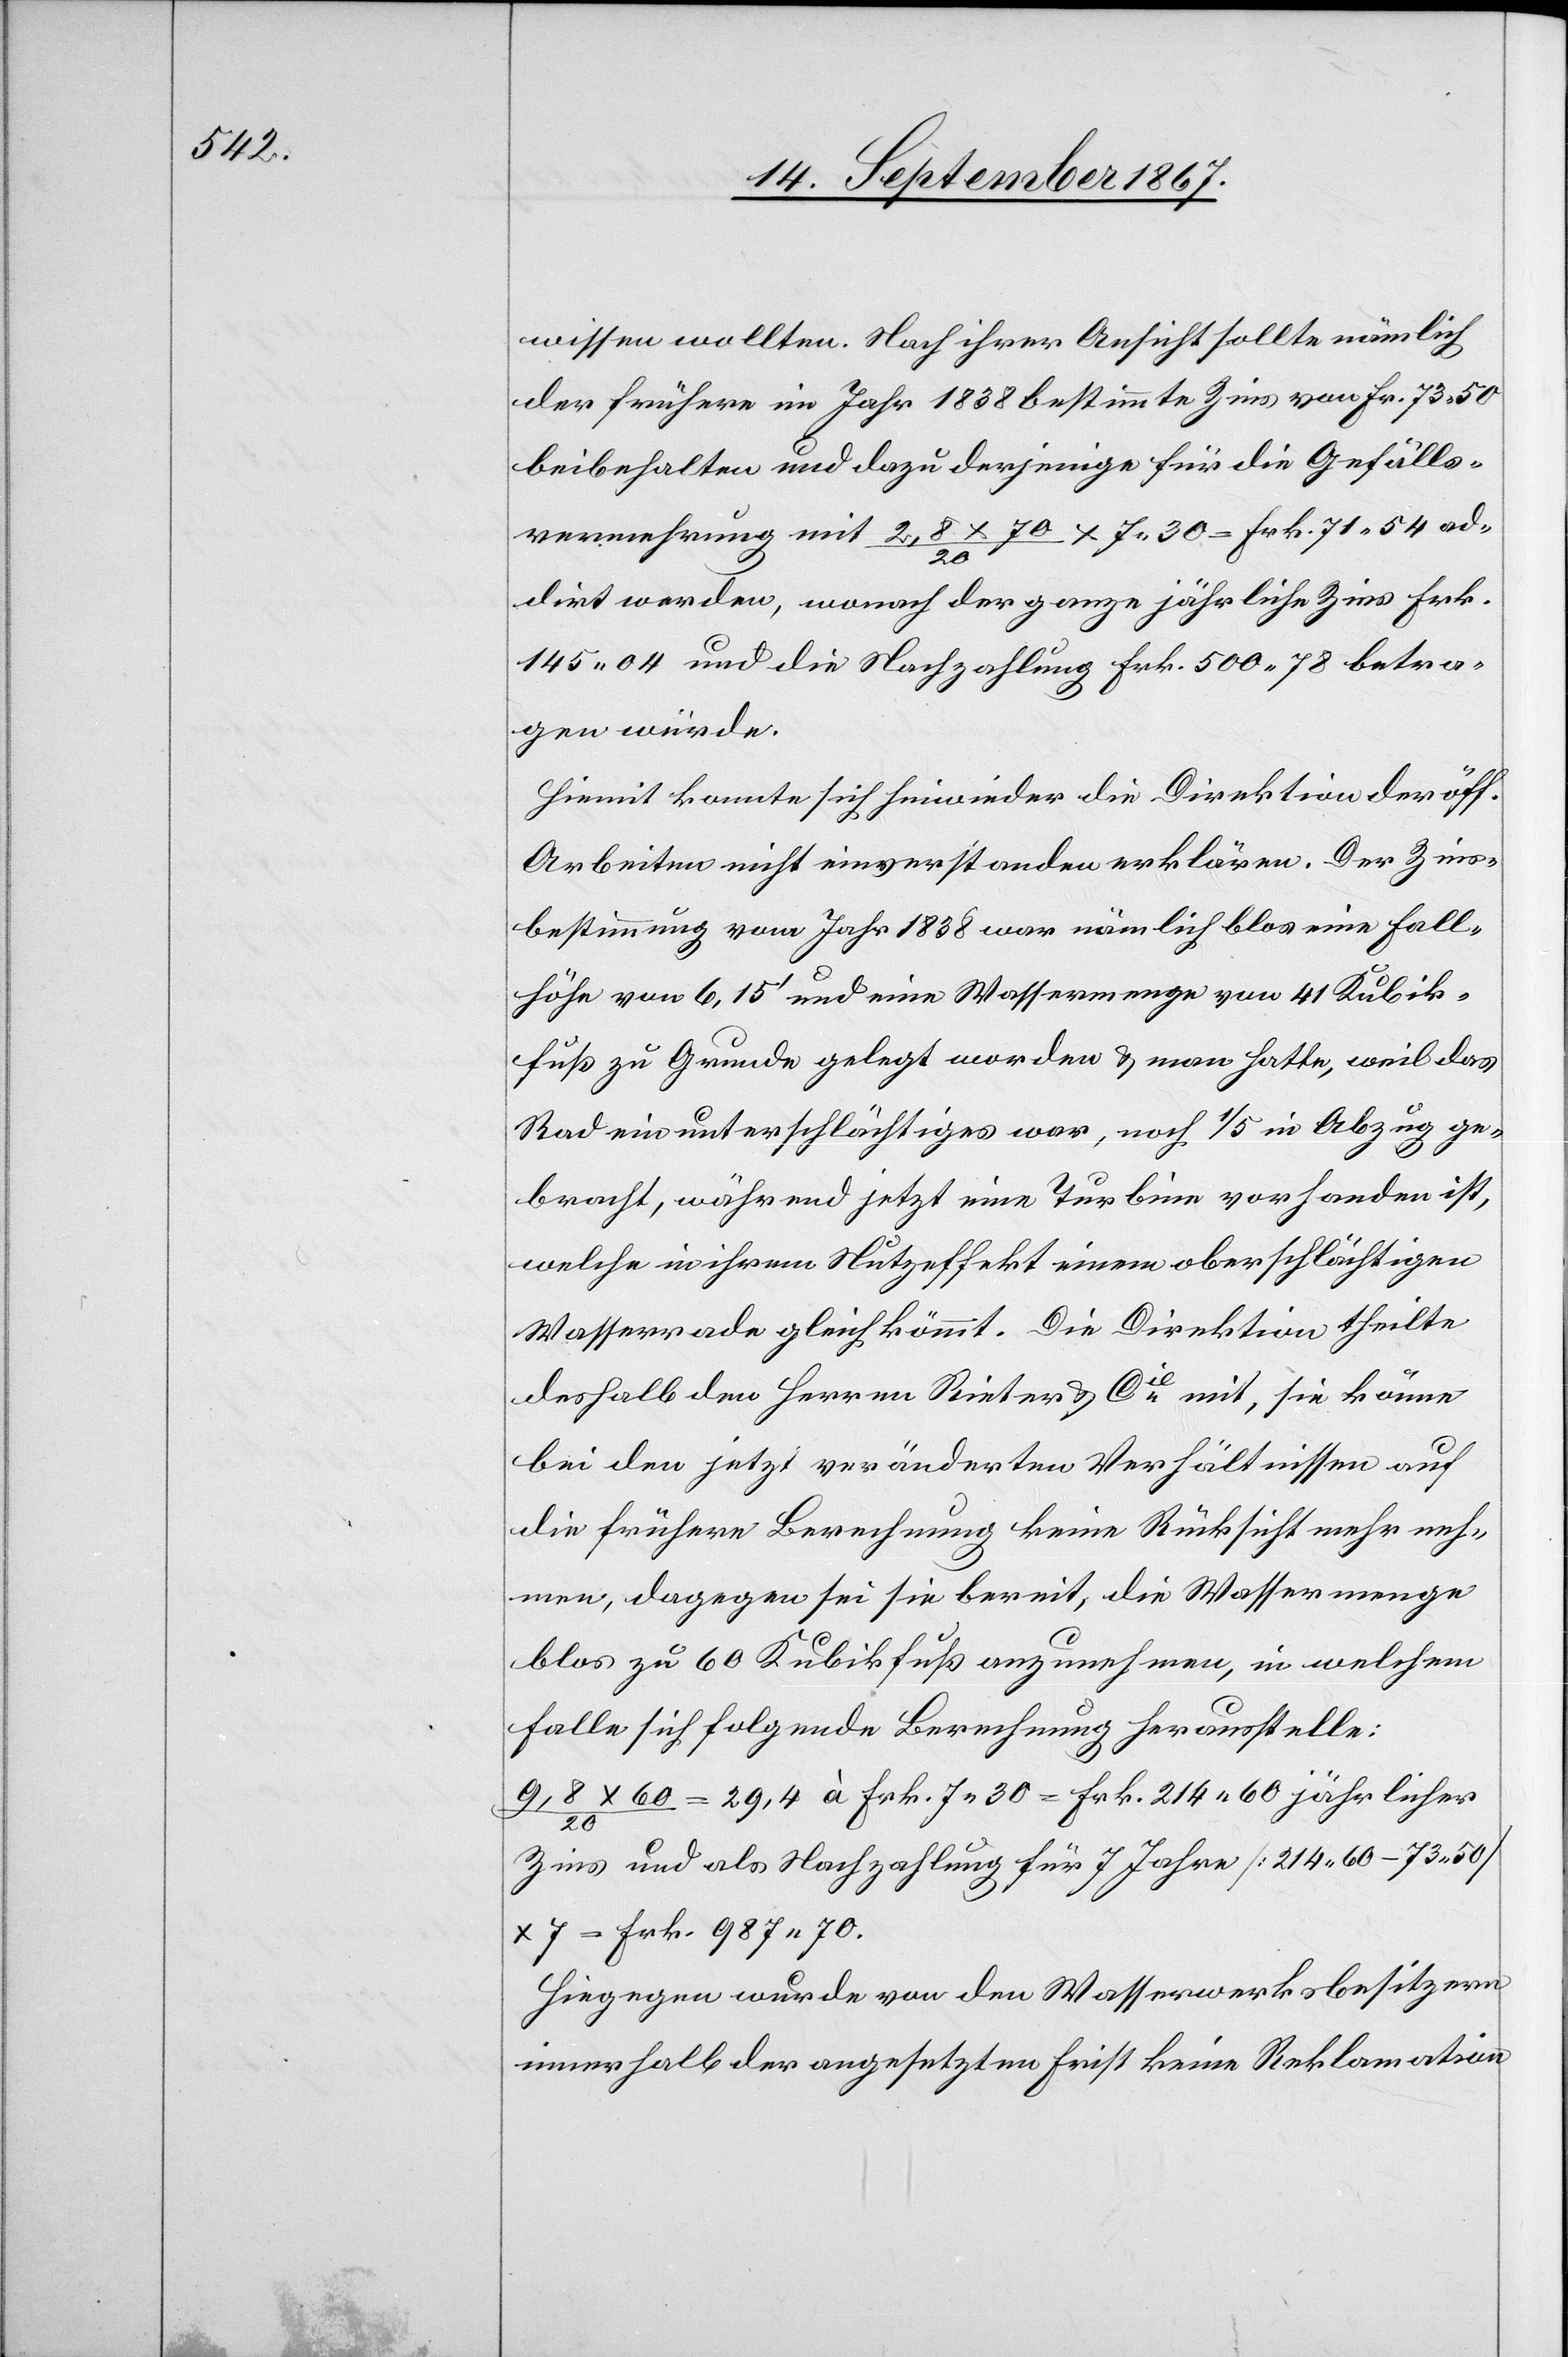
wissen wollten. Nach ihrer Ansicht sollte nämlich
der frühere im Jahr 1838 bestimmte Zins von Fr. 73.50
beibehalten und dazu derjenige für die Gefälls¬
vermessung mit 2,8 x 70 /20 x 7.30 = Frk 71.54 ad¬
dirt werden, wonach der ganze jährliche Zins Frk.
145.04 und die Nachzahlung Frk. 500.78 betra¬
gen würde.
Hiemit konnte sich hinwieder die Direktion der öff.
Arbeiten nicht einverstanden erklären. Der Zins¬
bestimmung vom Jahr 1838 war nämlich blos eine Fall¬
höhe von 6,15‘ und eine Wassermenge von 41 Kubik¬
fuß zu Grunde gelegt worden u. man hatte, weil das
Rad ein unterschlächtiges war, noch 1/5 in Abzug ge¬
bracht, während jetzt eine Turbine vorhanden ist,
welche in ihrem Nutzeffekt einem oberschlächtigen
Wasserrade gleichkömmt. Die Direktion theilte
deshalb den Herren Rieter u. Cie. mit, sie könne
bei den jetzt veränderten Verhältnissen auf
die frühere Berechnung keine Rücksicht mehr neh¬
men, dagegen sei sie bereit, die Wassermenge
blos zu 60 Kubikfuß anzunehmen, in welchem
Falle sich folgende Berechnung herausstelle:
60 / 20 = 29,4 à Frk. 7.30 = Frk. 214.60 jährlicher
Zins und als Nachzahlung für 7 Jahre [214.60–73.50]
x 7 = Frk.987.70.
Hiegegen wurde von den Wasserwerksbesitzern
innerhalb der angesetzten Frist keine Reklamation